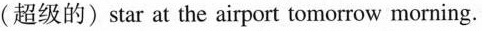
(超级的)star at the airport tomorrow morning.